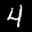
Label: 4